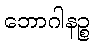
ဘောဂါနဉ္စ